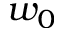
w _ { 0 }